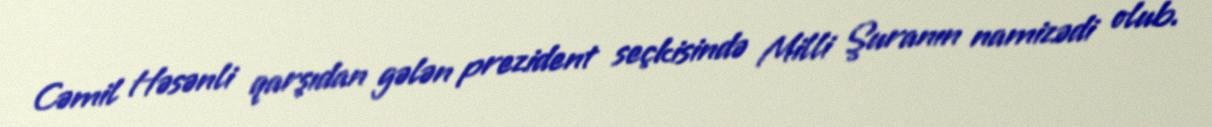
Cəmil Həsənli qarşıdan gələn prezident seçkisində Milli Şuranın namizədi olub.